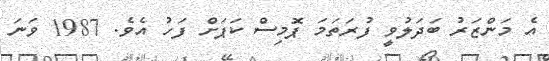
އެ މަންޒަރު ބަދަލުވީ ފުރަތަމަ ޕޮމިސް ކަޕަށް ފަހު އެވެ. 1987 ވަނަ